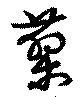
蓼